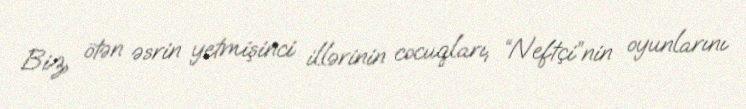
Biz, ötən əsrin yetmişinci illərinin cocuqları, “Neftçi”nin oyunlarını